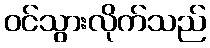
ဝင်သွားလိုက်သည်